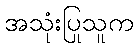
အသုံးပြုသူက